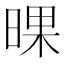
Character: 𣇫